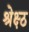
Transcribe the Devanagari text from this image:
श्रेक्ष्ठ